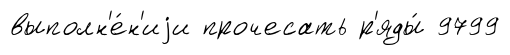
выполн'е́н'иjи прочесать р'яды́ 9799